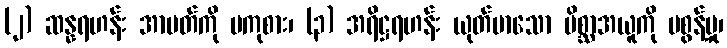
(၂) ဆန္နရဟန်း အာပတ်ကို မကုစား၊ (၃) အရိဋ္ဌရဟန်း ယုတ်မာသော မိစ္ဆာအယူကို မစွန့်မှု၊